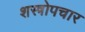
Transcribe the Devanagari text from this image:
शस्त्रोपचार